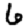
Digit: 6